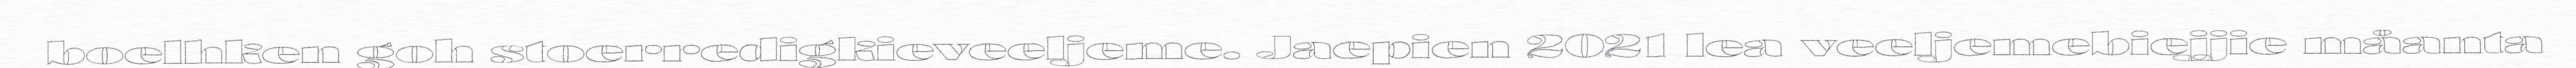
boelhken goh stoerredigkieveeljeme. Jaepien 2021 lea veeljemebiejjie måanta